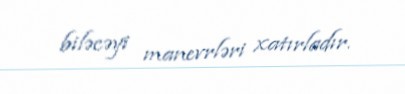
biləcəyi manevrləri xatırladır.